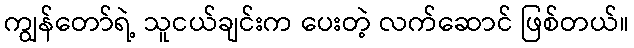
ကျွန်တော်ရဲ့ သူငယ်ချင်းက ပေးတဲ့ လက်ဆောင် ဖြစ်တယ်။